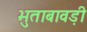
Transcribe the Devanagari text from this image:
भुताबावड़ी